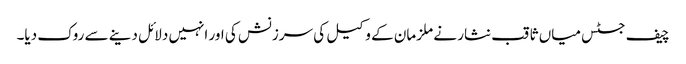
چیف جسٹس میاں ثاقب نثار نے ملزمان کے وکیل کی سرزنش کی اور انہیں دلائل دینے سے روک دیا۔